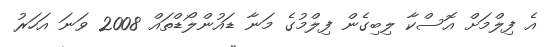
އެ ފިލްމަށް އޮސްކާ ލިބިގެން ފިލްމުގެ މަނާ ޑައުންލޯޑްތައް 2008 ވަނަ އަހަރު